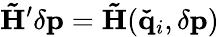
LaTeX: \mathbf{\tilde{H}}^{\prime}\delta\mathbf{p}=\mathbf{\tilde{H}}(\mathbf{\check{q}}_{i},\delta\mathbf{p})